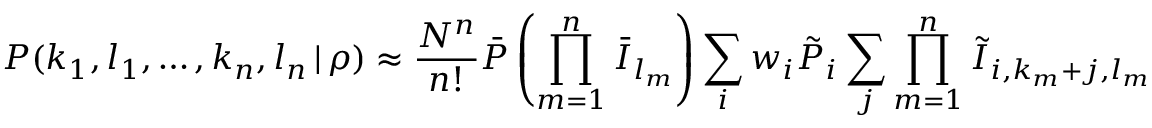
P ( k _ { 1 } , l _ { 1 } , \dots , k _ { n } , l _ { n } \, | \, \rho ) \approx \frac { N ^ { n } } { n ! } \bar { P } \left( \prod _ { m = 1 } ^ { n } \bar { I } _ { l _ { m } } \right) \sum _ { i } w _ { i } \tilde { P } _ { i } \sum _ { j } \prod _ { m = 1 } ^ { n } \tilde { I } _ { i , k _ { m } + j , l _ { m } }